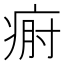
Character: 𤶡